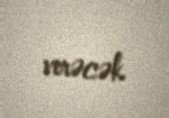
verəcək.